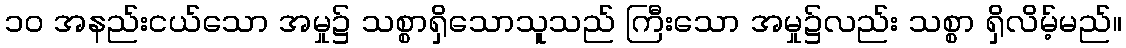
၁၀ အနည်းငယ်သော အမှု၌ သစ္စာရှိသောသူသည် ကြီးသော အမှု၌လည်း သစ္စာ ရှိလိမ့်မည်။